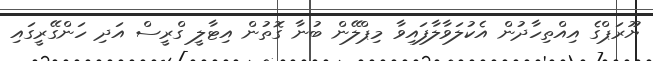
ޔޫރަޕްގެ އިއްތިހާދުން އެކުލަވާލާފައިވާ މިޕްލޭން ބުނާ ގޮތުން އިޓާލީ ގްރީސް އަދި ހަންގޭރީގައި